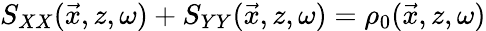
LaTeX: S_{XX}(\vec{x},z,\omega)+S_{YY}(\vec{x},z,\omega)=\rho_{0}(\vec{x},z,\omega)